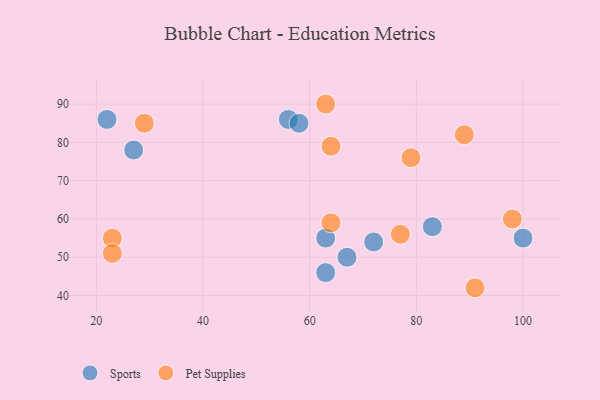
{"axis": {"x": "GDP", "y": "Life Expectancy"}, "legend": ["Pet Supplies", "Sports"], "data": [{"x": "56", "y": 86, "type": "Sports"}, {"x": "63", "y": 46, "type": "Sports"}, {"x": "67", "y": 50, "type": "Sports"}, {"x": "63", "y": 55, "type": "Sports"}, {"x": "100", "y": 55, "type": "Sports"}, {"x": "58", "y": 85, "type": "Sports"}, {"x": "27", "y": 78, "type": "Sports"}, {"x": "22", "y": 86, "type": "Sports"}, {"x": "83", "y": 58, "type": "Sports"}, {"x": "72", "y": 54, "type": "Sports"}, {"x": "63", "y": 90, "type": "Pet Supplies"}, {"x": "79", "y": 76, "type": "Pet Supplies"}, {"x": "64", "y": 79, "type": "Pet Supplies"}, {"x": "98", "y": 60, "type": "Pet Supplies"}, {"x": "23", "y": 55, "type": "Pet Supplies"}, {"x": "91", "y": 42, "type": "Pet Supplies"}, {"x": "29", "y": 85, "type": "Pet Supplies"}, {"x": "89", "y": 82, "type": "Pet Supplies"}, {"x": "23", "y": 51, "type": "Pet Supplies"}, {"x": "64", "y": 59, "type": "Pet Supplies"}, {"x": "77", "y": 56, "type": "Pet Supplies"}]}